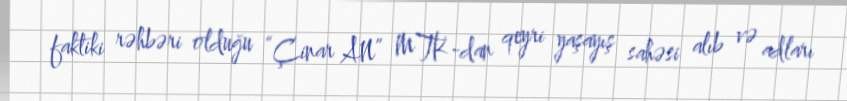
faktiki rəhbəri olduğu “Çinar AN” MTK-dan qeyri yaşayış sahəsi alıb və adları